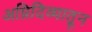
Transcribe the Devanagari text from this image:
अग्निदिव्यातून